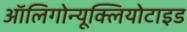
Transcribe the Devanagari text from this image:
ऑलिगोन्यूक्लियोटाइड